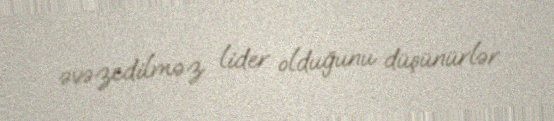
əvəzedilməz lider olduğunu düşünürlər.